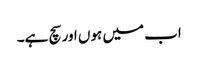
اب میں ہوں اور سچ ہے۔